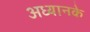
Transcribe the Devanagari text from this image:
अध्यानके